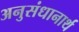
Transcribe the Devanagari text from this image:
अनुसंधानार्थ